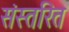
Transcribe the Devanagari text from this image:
संस्तरित